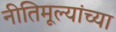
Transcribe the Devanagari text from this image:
नीतिमूल्यांच्या